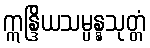
ဣန္ဒြိယသမ္ပန္နသုတ္တံ